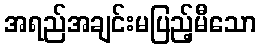
အရည်အချင်းမပြည့်မီသော